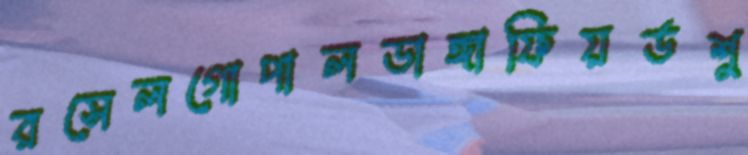
রসেলগোপালডাঙ্গাফিয়র্ডশু